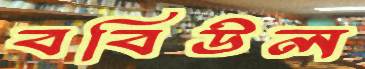
ববিউল